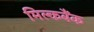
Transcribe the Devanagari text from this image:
मिल्कबैंक